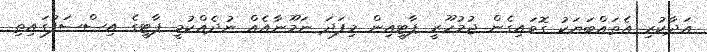
އަދާކުރި އެތައްބަޔަކު ގޮވައިގެން ޖުމުހޫރީ ޕާޓީއިން މިފަދަ ނަމޫނާއެއް ނުދެއްކުމީ ޕާޓީގެ އިސްސަފުގައިތި